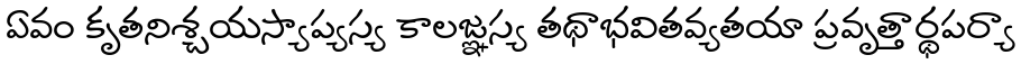
ఏవం కృతనిశ్చయస్యాప్యస్య కాలజ్ఞస్య తథాభవితవ్యతయా ప్రవృత్తార్థపర్యా